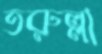
তরুল্লা